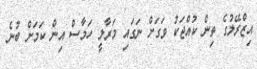
އިޒްރޭލުގެ ތިން ކުއްޖަކު ވަގަށް ނަގައި މަރާލީ ހަމާސް އިން ކަމަށް ބުނެ